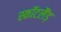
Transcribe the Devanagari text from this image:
स्कॉटलैंड़